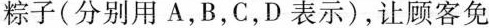
粽子(分别用A，B，C，D表示)，让顾客免